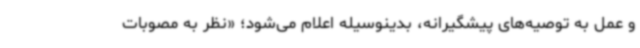
و عمل به توصیه‌های پیشگیرانه، بدینوسیله اعلام می‌شود؛ «نظر به مصوبات